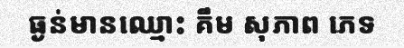
ធ្ងន់មានឈ្មោះ គឹម សុភាព ភេទ